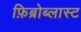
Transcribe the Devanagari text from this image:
फ़िब्रोब्लास्ट